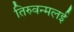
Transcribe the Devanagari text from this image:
तिरुवन्मलई